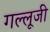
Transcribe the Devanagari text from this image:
गल्लूजी